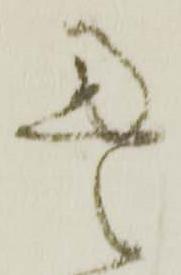
畳